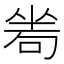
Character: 𠷜